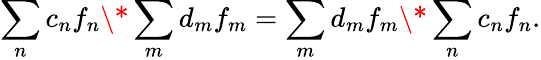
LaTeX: \sum_{n}c_{n}f_{n}\* \sum_{m}d_{m}f_{m}=\sum_{m}d_{m}f_{m}\* \sum_{n}c_{n}f_{n}.